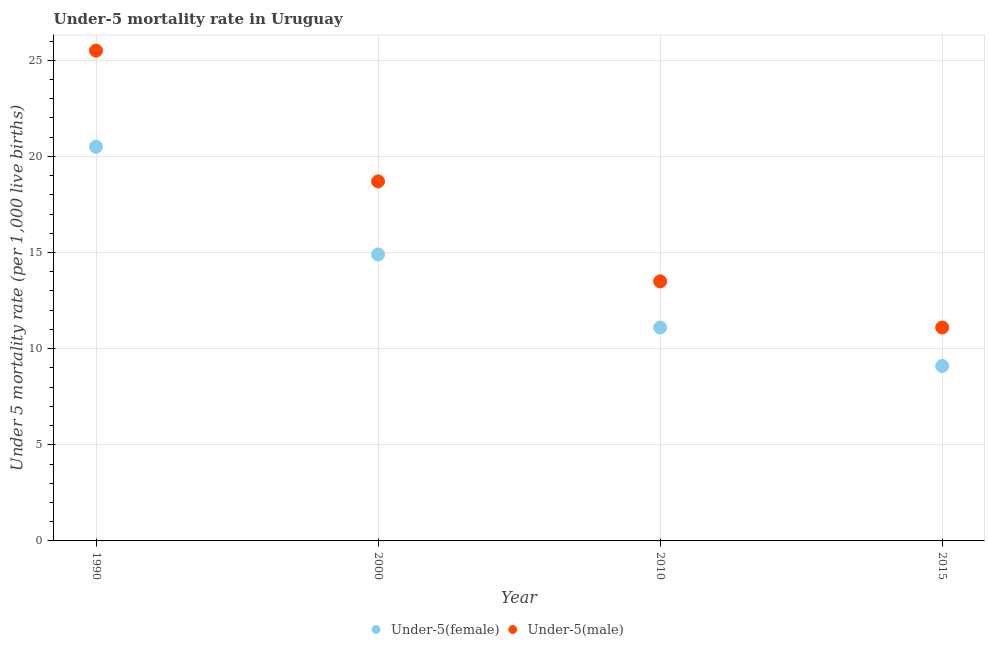
| Year | Under-5(female) | Under-5(male) |
 | --- | --- | --- |
 | 1990 | 20.5 | 25.5 |
 | 2000 | 14.9 | 18.7 |
 | 2010 | 11.1 | 13.5 |
 | 2015 | 9.1 | 11.1 |